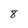
Character: 8